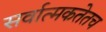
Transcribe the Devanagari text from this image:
सर्वात्मकतेतच